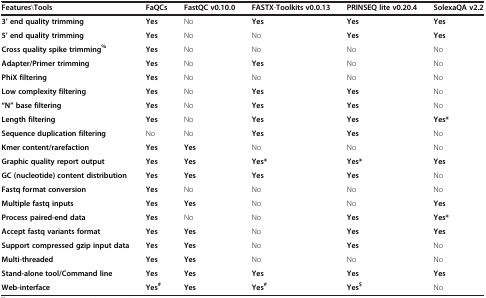
<table><thead><tr><td><b>Features\Tools</b></td><td><b>FaQCs</b></td><td><b>FastQC v0.10.0</b></td><td><b>FASTX-Toolkits v0.0.13</b></td><td><b>PRINSEQ lite v0.20.4</b></td><td><b>SolexaQA v2.2</b></td></tr></thead><tbody><tr><td><b>3’ end quality trimming</b></td><td><b>Yes</b></td><td>No</td><td><b>Yes</b></td><td><b>Yes</b></td><td><b>Yes</b></td></tr><tr><td><b>5’ end quality trimming</b></td><td><b>Yes</b></td><td>No</td><td>No</td><td><b>Yes</b></td><td><b>Yes</b></td></tr><tr><td><b>Cross quality spike trimming</b><sup><b>%</b></sup></td><td><b>Yes</b></td><td>No</td><td>No</td><td>No</td><td>No</td></tr><tr><td><b>Adapter/Primer trimming</b></td><td><b>Yes</b></td><td>No</td><td><b>Yes</b></td><td>No</td><td>No</td></tr><tr><td><b>PhiX filtering</b></td><td><b>Yes</b></td><td>No</td><td>No</td><td>No</td><td>No</td></tr><tr><td><b>Low complexity filtering</b></td><td><b>Yes</b></td><td>No</td><td><b>Yes</b></td><td><b>Yes</b></td><td>No</td></tr><tr><td><b>“N” base filtering</b></td><td><b>Yes</b></td><td>No</td><td><b>Yes</b></td><td><b>Yes</b></td><td>No</td></tr><tr><td><b>Length filtering</b></td><td><b>Yes</b></td><td>No</td><td><b>Yes</b></td><td><b>Yes</b></td><td><b>Yes*</b></td></tr><tr><td><b>Sequence duplication filtering</b></td><td>No</td><td>No</td><td><b>Yes</b></td><td><b>Yes</b></td><td>No</td></tr><tr><td><b>Kmer content/rarefaction</b></td><td><b>Yes</b></td><td><b>Yes</b></td><td>No</td><td>No</td><td>No</td></tr><tr><td><b>Graphic quality report output</b></td><td><b>Yes</b></td><td><b>Yes</b></td><td><b>Yes*</b></td><td><b>Yes*</b></td><td><b>Yes</b></td></tr><tr><td><b>GC (nucleotide) content distribution</b></td><td><b>Yes</b></td><td><b>Yes</b></td><td><b>Yes</b></td><td><b>Yes</b></td><td>No</td></tr><tr><td><b>Fastq format conversion</b></td><td><b>Yes</b></td><td>No</td><td>No</td><td>No</td><td>No</td></tr><tr><td><b>Multiple fastq inputs</b></td><td><b>Yes</b></td><td><b>Yes</b></td><td>No</td><td>No</td><td><b>Yes</b></td></tr><tr><td><b>Process paired-end data</b></td><td><b>Yes</b></td><td>No</td><td>No</td><td><b>Yes</b></td><td><b>Yes*</b></td></tr><tr><td><b>Accept fastq variants format</b></td><td><b>Yes</b></td><td><b>Yes</b></td><td>No</td><td><b>Yes</b></td><td><b>Yes</b></td></tr><tr><td><b>Support compressed gzip input data</b></td><td><b>Yes</b></td><td><b>Yes</b></td><td>No</td><td><b>Yes</b></td><td>No</td></tr><tr><td><b>Multi-threaded</b></td><td><b>Yes</b></td><td><b>Yes</b></td><td>No</td><td>No</td><td>No</td></tr><tr><td><b>Stand-alone tool/Command line</b></td><td><b>Yes</b></td><td><b>Yes</b></td><td><b>Yes</b></td><td><b>Yes</b></td><td><b>Yes</b></td></tr><tr><td><b>Web-interface</b></td><td><b>Yes</b><sup><b>#</b></sup></td><td><b>Yes</b></td><td><b>Yes</b><sup><b>#</b></sup></td><td><b>Yes</b><sup><b>$</b></sup></td><td>No</td></tr></tbody></table>